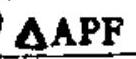
\(\triangle APF\)